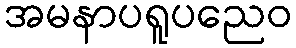
အမနာပရူပညေဝ